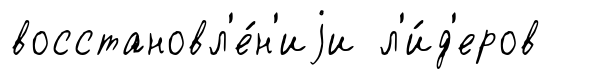
восстановл'е́н'иjи л'и́д'еров